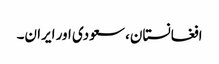
افغانستان، سعودی اور ایران۔